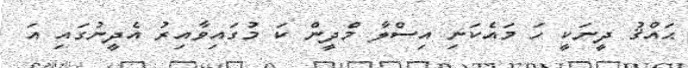
ޙައްޤު ދީނަކީ ހަ މައެކަނި އިސްލާ މްދީން ކަ މުގައިވާއިރު އެދީނުގައި އަ